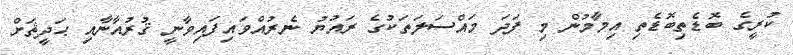
ކުރީގެ ބޮޑެތިބޮޑެތި އިމާމުން މި ފަދަ މައްސަލަތަކުގެ ރައުޔު ނެރުއްވައިފައިވާނީ ޤުރުއާނާއި ޙަދީޘަށް